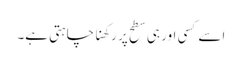
اسے کسی اور ہی سطح پر رکھنا چاہتی ہے۔